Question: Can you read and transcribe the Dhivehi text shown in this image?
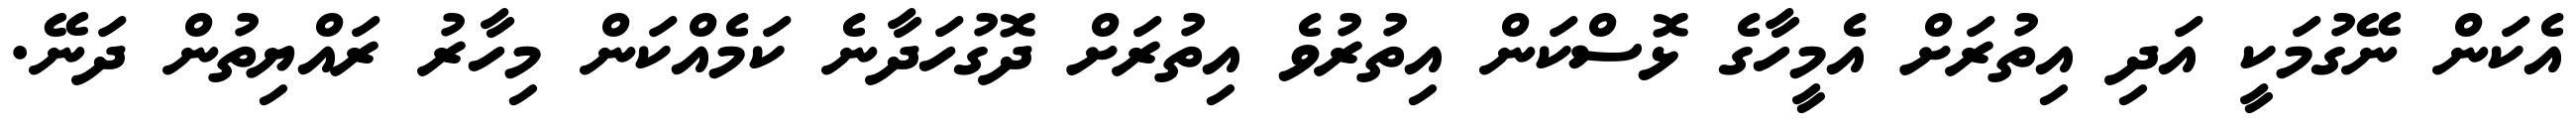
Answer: އެކަން ނޭގުމަކީ އަދި އިތުރަށް އެމީހާގެ ޅޮސްކަން އިތުރުވެ އިތުރަށް ދޮގުހަދާނެ ކަމެއްކަން މިހާރު ރައްޔިތުން ދަނޭ.